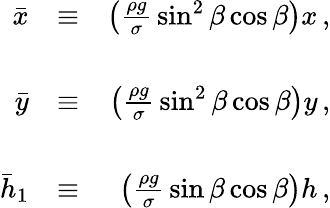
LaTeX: \begin{array}{rlr}{\bar{x}}&{\equiv}&{\left(\frac{\rho g}{\sigma}\, \sin^{2}\beta\cos\beta\right)x\, ,}\\ &{}&\\ {\bar{y}}&{\equiv}&{\left(\frac{\rho g}{\sigma}\, \sin^{2}\beta\cos\beta\right)y\, ,}\\ &{}&\\ {\bar{h}_{1}}&{\equiv}&{\left(\frac{\rho g}{\sigma}\, \sin\beta\cos\beta\right)h\, ,}\end{array}